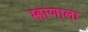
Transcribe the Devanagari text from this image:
म्हाणाला